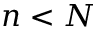
n < N